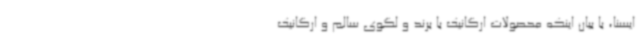
ایسنا، با بیان اینکه محصولات ارگانیک با برند و لگوی سالم و ارگانیک